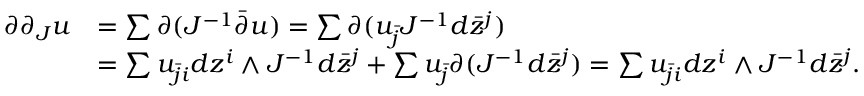
\begin{array} { r l } { \partial \partial _ { J } u } & { = \sum \partial ( J ^ { - 1 } \bar { \partial } u ) = \sum \partial ( u _ { \bar { j } } J ^ { - 1 } d \Bar { z } ^ { j } ) } \\ & { = \sum u _ { \bar { j } i } d z ^ { i } \wedge J ^ { - 1 } d \Bar { z } ^ { j } + \sum u _ { \bar { j } } \partial ( J ^ { - 1 } d \Bar { z } ^ { j } ) = \sum u _ { \bar { j } i } d z ^ { i } \wedge J ^ { - 1 } d \Bar { z } ^ { j } . } \end{array}